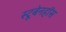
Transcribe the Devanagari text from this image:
स्टूबेनहॉस